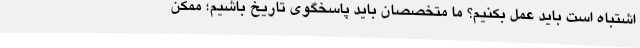
اشتباه است باید عمل بکنیم؟ ما متخصصان باید پاسخگوی تاریخ باشیم؛ ممکن